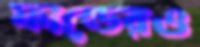
ফান্ডেরও